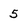
Character: 5